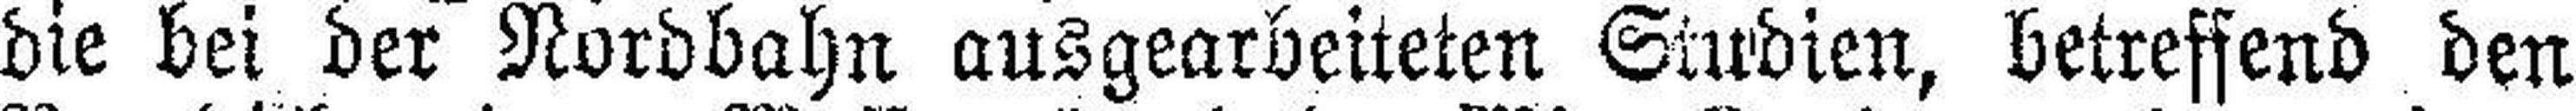
die bei der Nordbahn ausgearbeiteten Studien, betreffend den